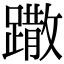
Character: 𨅖